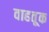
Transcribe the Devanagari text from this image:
वाहतू़क